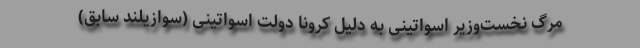
مرگ نخست‌وزیر اسواتینی به دلیل کرونا دولت اسواتینی (سوازیلند سابق)